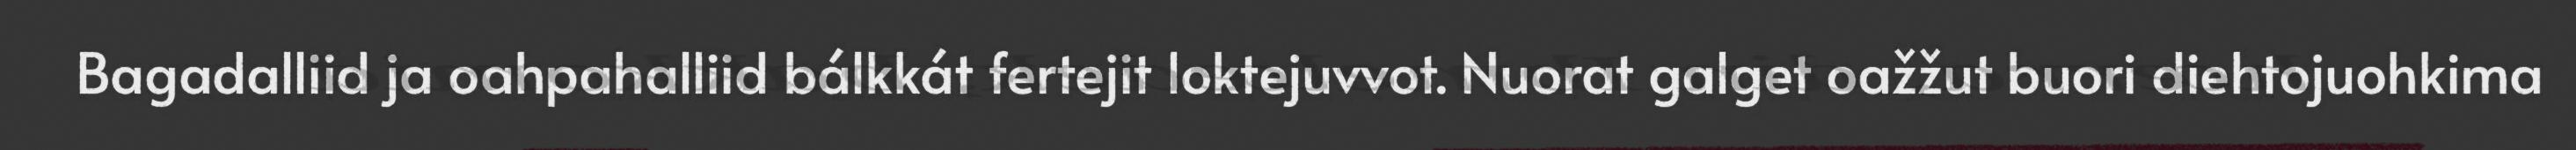
Bagadalliid ja oahpahalliid bálkkát fertejit loktejuvvot. Nuorat galget oažžut buori diehtojuohkima